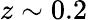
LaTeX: z\sim 0.2